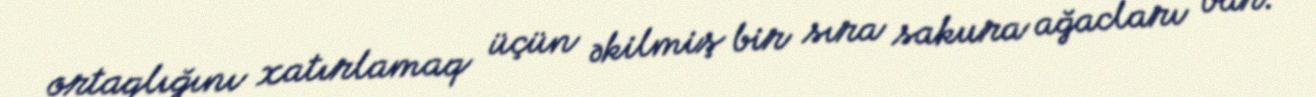
ortaqlığını xatırlamaq üçün əkilmiş bir sıra sakura ağacları var.